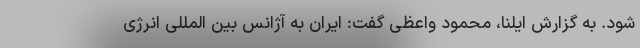
شود. به گزارش ایلنا، محمود واعظی گفت: ایران به آژانس بین المللی انرژی